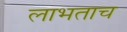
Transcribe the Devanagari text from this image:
लाभताच